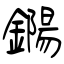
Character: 鐊